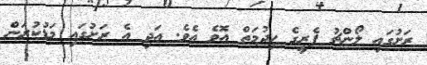
ރަށުގައި ލޯންޗު ފެރީގެ ހިދުމަތް އޮވެ އެވެ. އަދި އެ ރަށުގައި މަޑުކުރަން